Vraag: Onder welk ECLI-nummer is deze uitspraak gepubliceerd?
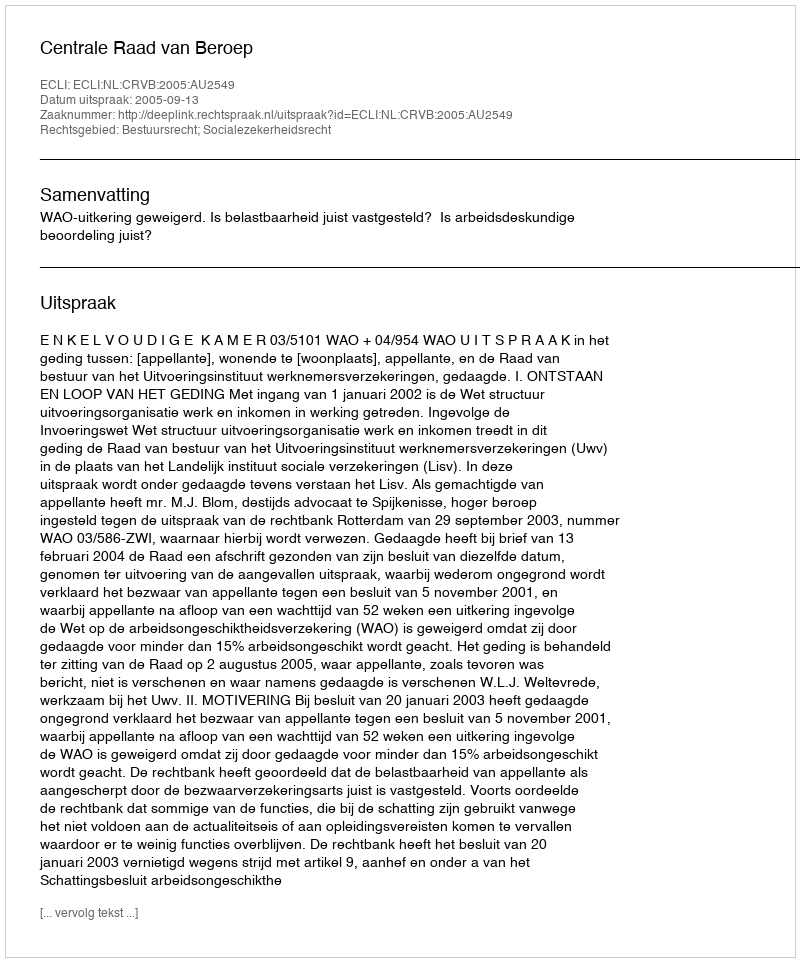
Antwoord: ECLI:NL:CRVB:2005:AU2549